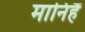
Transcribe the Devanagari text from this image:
मानिहैं